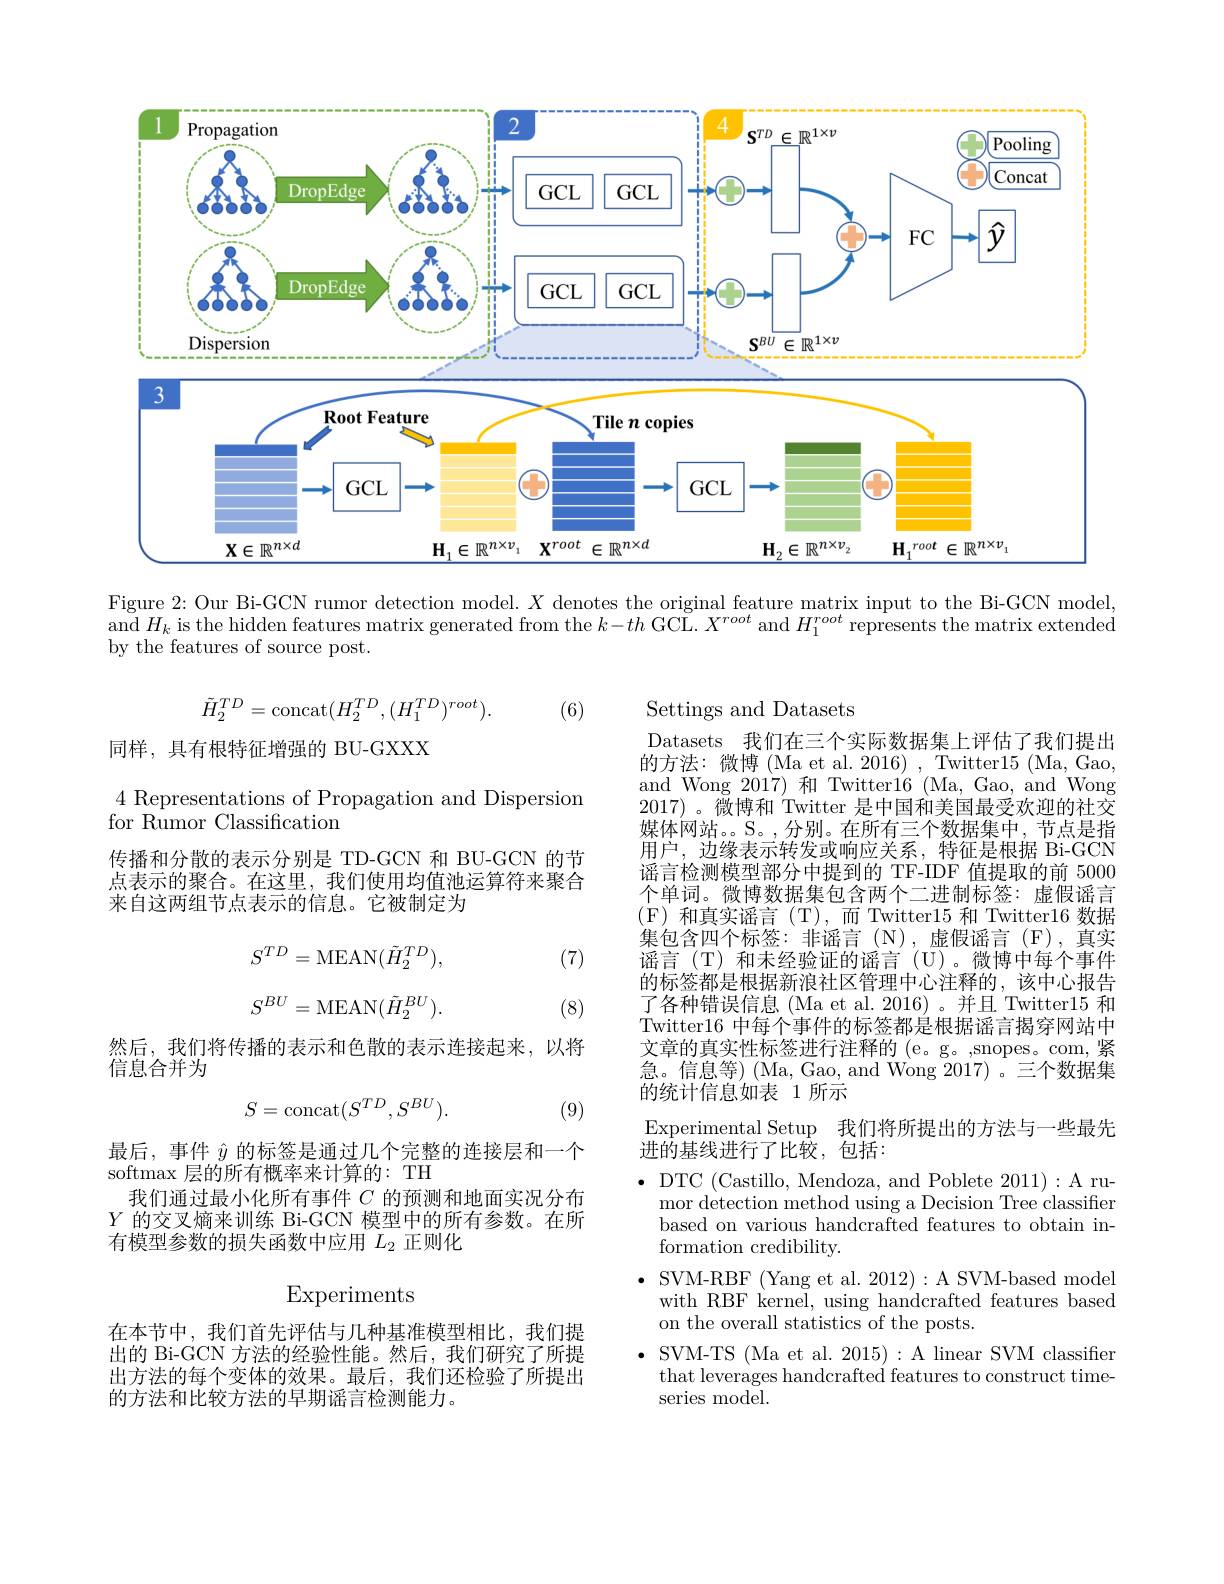
<FigureHere>

Figure 2: Our Bi-GCN rumor detection model. $X$ denotes the original feature matrix input to the Bi-GCN model, and $H_k$ is the hidden features matrix generated from the $k- th$ GCL. $X^{root}$ and $H_1^{root}$ represents the matrix extended by the features of source post.
$$\tilde{H}_{2}^{TD}=\mathrm{concat}(H_{2}^{TD},(H_{1}^{TD})^{root}).$$
(6)

同样，具有根特征增强的 BU-GXXX

4 Representations of Propagation and Dispersion
for Rumor Classification
传播和分散的表示分别是 TD-GCN 和 BU-GCN 的节点表示的聚合。在这里，我们使用均值池运算符来聚合来自这两组节点表示的信息。它被制定为

(7)
$$S^{TD}=\mathrm{MEAN}(\tilde{H}_{2}^{TD}),\\S^{BU}=\mathrm{MEAN}(\tilde{H}_{2}^{BU}).$$
(8)

Settings and Datasets
Datasets 我们在三个实际数据集上评估了我们提出的方法：微博(Ma et al.2016),Twitter15(Ma,Gao, and Wong 2017) 和 Twitter16 (Ma, Gao, and Wong 2017) 。微博和 Twitter 是中国和美国最受欢迎的社交媒体网站。S。,分别。在所有三个数据集中，节点是指用户，边缘表示转发或响应关系，特征是根据 Bi-GCN 谣言检测模型部分中提到的 TF-IDF 值提取的前 5000个单词。微博数据集包含两个二进制标签：虚假谣言(F)和真实谣言(T),而 Twitter15 和 Twitter16 数据集包含四个标签：非谣言(N),虚假谣言(F),真实谣言(T)和未经验证的谣言(U)。微博中每个事件的标签都是根据新浪社区管理中心注释的，该中心报告了各种错误信息 (Ma et al. 2016) 。并且 Twitter15 和Twitter16 中每个事件的标签都是根据谣言揭穿网站中文章的真实性标签进行注释的 (e。g。,snopes。com, 紧急。信息等)(Ma,Gao,andWong 2017)。三个数据集的统计信息如表 1 所示
Experimental Setup 我们将所提出的方法与一些最先
进的基线进行了比较，包括：
mor detection method using a Decision Tree classifier based on various handcrafted features to obtain information credibility.
$\bullet$ SVM-RBF (Yang et al. 2012):A SVM-based model with RBF kernel, using handcrafted features based on the overall statistics of the posts.
$\bullet$ SVM-TS (Ma et al. 2015):A linear SVM classifer
that leverages handcrafted features to construct time-
series model

然后，我们将传播的表示和色散的表示连接起来，以将
信息合并为
$$S=\mathrm{concat}(S^{TD},S^{BU}).$$
(9)

最后，事件$\hat{y}$的标签是通过几个完整的连接层和一个
softmax 层的所有概率来计算的：TH
我们通过最小化所有事件$C$的预测和地面实况分布$Y$的交叉熵来训练 Bi-GCN 模型中的所有参数。在所有模型参数的损失函数中应用$L_2$正则化

在本节中，我们首先评估与几种基准模型相比，我们提出的 Bi-GCN 方法的经验性能。然后，我们研究了所提出方法的每个变体的效果。最后，我们还检验了所提出的方法和比较方法的早期谣言检测能力。